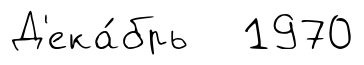
Д'ека́брь 1970